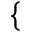
\{